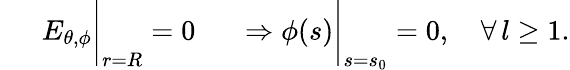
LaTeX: \left.\phantom{\frac{1}{\mu_{2}}}E_{\theta,\phi}\right|_{r=R}=0\left.\phantom{\frac{1}{\mu_{2}}}\Rightarrow\phi(s)\right|_{s=s_{0}}=0,\quad\forall\, l\geq 1.